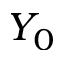
Y _ { 0 }